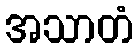
အသာတံ